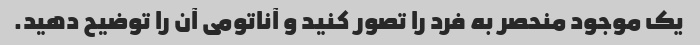
یک موجود منحصر به فرد را تصور کنید و آناتومی آن را توضیح دهید.